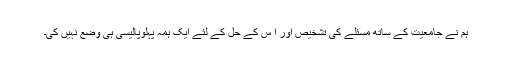
ہم نے جامعیت کے ساتھ مسئلے کی تشخیص اور ا س کے حل کے لئے ایک ہمہ پہلوپالیسی ہی وضع نہیں کی۔